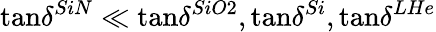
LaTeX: \tan\! \delta^{SiN}\ll\tan\! \delta^{SiO2},\tan\! \delta^{Si},\tan\! \delta^{LHe}